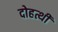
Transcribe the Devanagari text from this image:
दोहत्थी